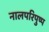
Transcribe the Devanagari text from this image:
नालपरिपुष्प